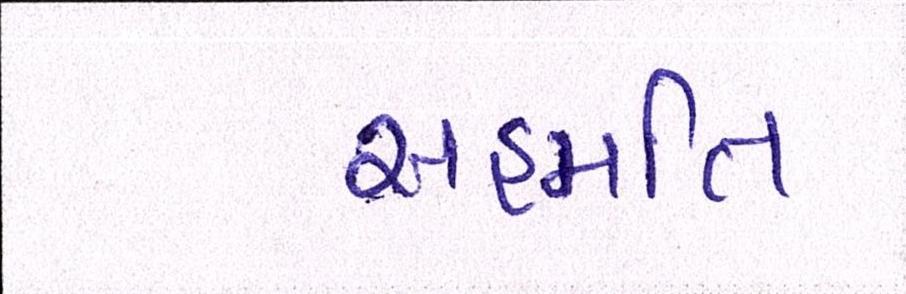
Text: સહમતિ